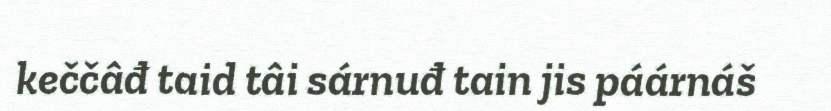
keččâđ taid tâi sárnuđ tain jis páárnáš